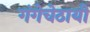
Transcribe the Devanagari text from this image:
गंगेचेठायीं